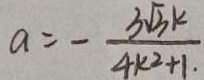
a = - \frac { 3 \sqrt { 3 } k } { 4 k ^ { 2 } + 1 . }